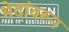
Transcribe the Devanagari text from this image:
भेदांवरून